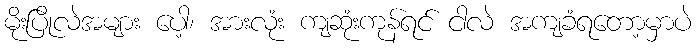
မိုးပြိုလဲအများ ပေါ့၊ အားလုံး ကျဆုံးကုန်ရင် ငါလဲ အကျခံရတော့မှာပဲ